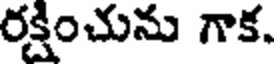
రక్షించును గాక.